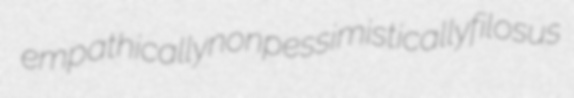
empathically nonpessimistically filosus